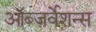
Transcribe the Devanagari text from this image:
ऑब्ज़र्वेशन्स